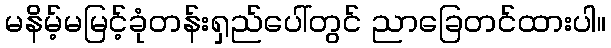
မနိမ့်မမြင့်ခုံတန်းရှည်ပေါ်တွင် ညာခြေတင်ထားပါ။